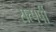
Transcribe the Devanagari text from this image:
सत्पर्षी